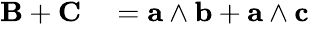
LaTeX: \begin{array}{rl}{\mathbf{B}+\mathbf{C}}&{{}=\mathbf{a}\wedge\mathbf{b}+\mathbf{a}\wedge\mathbf{c}}\end{array}